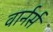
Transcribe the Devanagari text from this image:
वार्नर्स